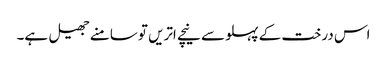
اس درخت کے پہلو سے نیچے اتریں تو سامنے جھیل ہے۔